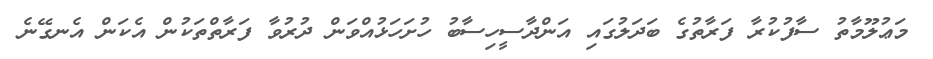
މަޢުލޫމާތު ސާފުކުރާ ފަރާތުގެ ބަދަލުގައި އަންދާސީހިސާބު ހުށަހަޅުއްވަން ދުރުވާ ފަރާތްތަކުން އެކަން އެނގޭނެ